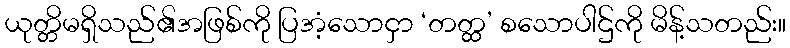
ယုတ္တိမရှိသည်၏အဖြစ်ကို ပြအံ့သောငှာ ‘တတ္ထ’ စသောပါဌ်ကို မိန့်သတည်း။